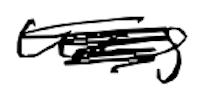
Text: was
Cross-out: scratch
Writing tool: digital_black